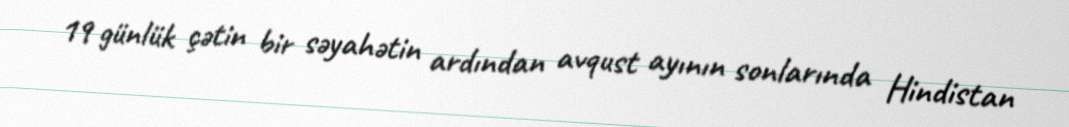
19 günlük çətin bir səyahətin ardından avqust ayının sonlarında Hindistan